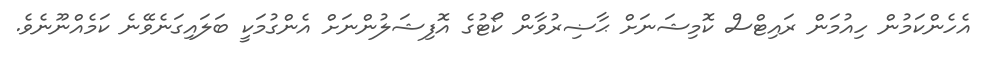
އެހެންކަމުން ހިއުމަން ރައިޓްސް ކޮމިޝަނަށް ޙާޟިރުވާން ކޯޓުގެ އޮފިޝަލުންނަށް އެންގުމަކީ ބަލައިގަނެވޭނެ ކަމެއްނޫނެވެ.